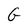
Character: G